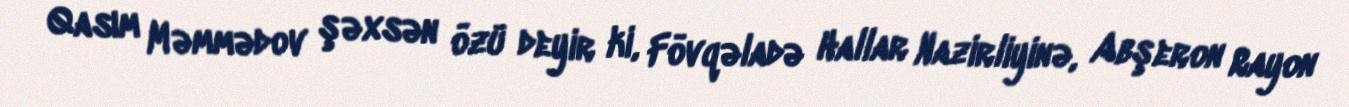
Qasım Məmmədov şəxsən özü deyir ki, Fövqəladə Hallar Nazirliyinə, Abşeron Rayon